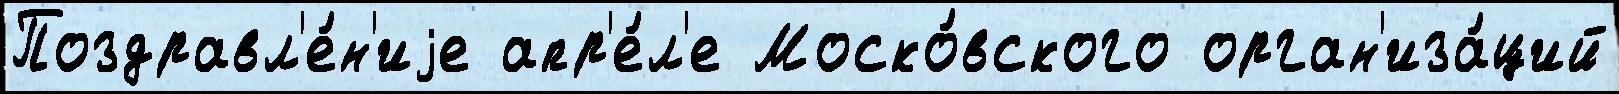
Поздравл'е́н'иjе апр'е́л'е Моско́вского орган'иза́ций